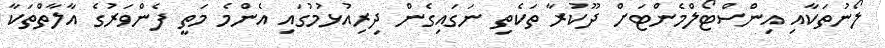
ލޯނުތަކާއި އިންސްޓޯލްމެންޓަށް ދޫކުރާ ތަކެތި ނަގައިގެން ދިރިއުޅުމުގައި އެންމެ މަތީ ފެންވަރުގެ އާލާތްތަކާ